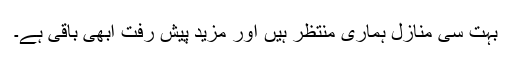
بہت سی منازل ہماری منتظر ہیں اور مزید پیش رفت ابھی باقی ہے۔